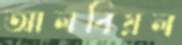
আলবিয়ল